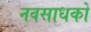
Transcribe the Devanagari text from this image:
नवसाधकों